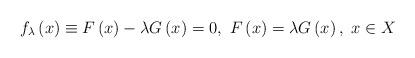
LaTeX: \begin{align*}f_{\lambda }\left( x\right) \equiv F\left( x\right) -\lambda G\left(x\right) =0,\ F\left( x\right) =\lambda G\left( x\right) ,\ x\in X\end{align*}